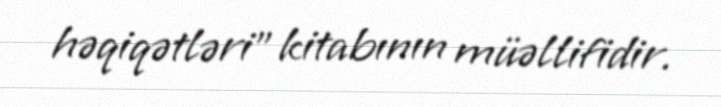
həqiqətləri” kitabının müəllifidir.